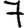
Digit: 7